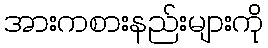
အားကစားနည်းများကို